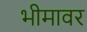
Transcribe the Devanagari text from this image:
भीमावर